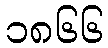
၁၈၆၆